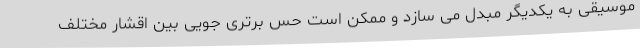
موسیقی به یکدیگر مبدل می سازد و ممکن است حس برتری جویی بین اقشار مختلف